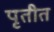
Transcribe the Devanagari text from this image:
पृतीत